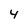
Character: 4